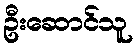
ဦးဆောင်သူ